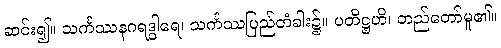
ဆင်း၍။ သင်္ကဿနဂရဒွါရေ၊ သင်္ကဿပြည်တံခါး၌။ ပတိဋ္ဌဟိ၊ တည်တော်မူ၏။